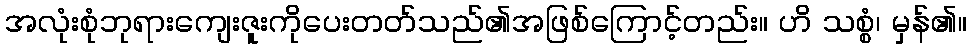
အလုံးစုံဘုရားကျေးဇူးကိုပေးတတ်သည်၏အဖြစ်ကြောင့်တည်း။ ဟိ သစ္စံ၊ မှန်၏။